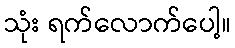
သုံး ရက်လောက်ပေါ့။